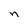
Character: n